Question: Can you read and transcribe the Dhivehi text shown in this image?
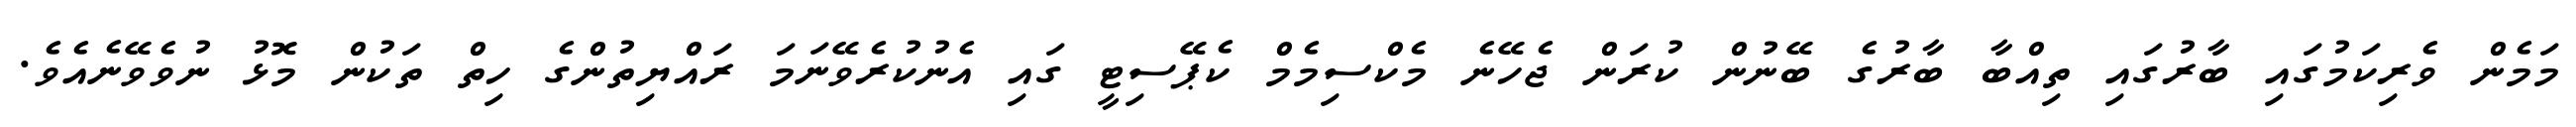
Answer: މަމެން ވެރިކަމުގައި ބާރުގައި ތިއްބާ ބާރުގެ ބޭނުން ކުރަން ޖެހޭނެ މެކްސިމެމް ކެޕޭސިޓީ ގައި އެނުކުރެވޭނަމަ ރައްޔިތުންގެ ހިތް ތަކުން މޮޅު ނުވެވޭނެއެވެ.